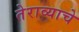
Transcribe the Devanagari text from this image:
तेराव्याचे